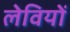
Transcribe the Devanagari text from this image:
लेवियों